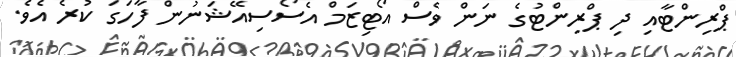
ޕްރިންޓާއި ދި ޕްރިންޓުގެ ނަން ވެސް އޯޓިޒަމް އެސޯސިއޭޝަނުން ފާހަގަ ކުރެ އެވެ.